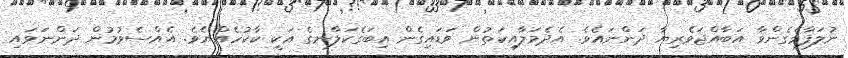
ނުލަފާވެގެންވާ އަބާއްޖަވެރިޔާ ދަންނައެވެ. އެދެމަލާއިކަތުން ވަޑައިގެން އިބަގެކަލާނގެ އަކީ ކާކުހެއްޔެވެ. އެއްސެވުމުން ދަންނަވައި